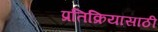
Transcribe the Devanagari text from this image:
प्रतिक्रियासाठी